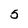
Character: 5